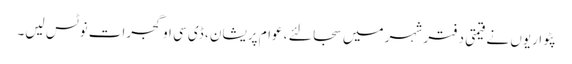
پٹواریوں نے قیمتی دفتر شہر میں سجا لئے ، عوام پریشان ، ڈی سی او گجرات نوٹس لیں۔